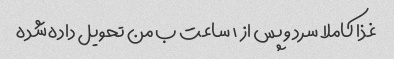
غذا کاملا سرد و پس از ۱ ساعت ب من تحویل داده شده